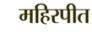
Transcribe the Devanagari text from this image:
महिरपीत